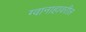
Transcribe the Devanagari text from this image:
ग्वानाहावरील